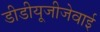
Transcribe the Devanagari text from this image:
डीडीयूजीजेवाई